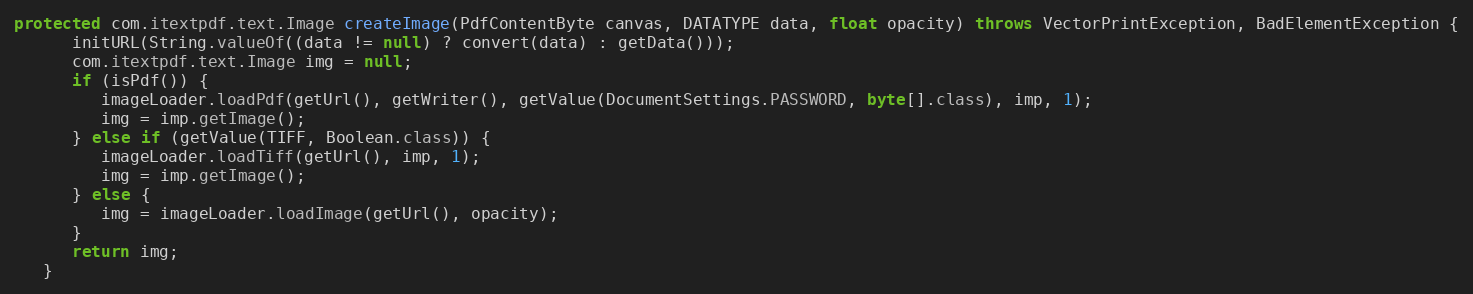
Language: Java
protected com.itextpdf.text.Image createImage(PdfContentByte canvas, DATATYPE data, float opacity) throws VectorPrintException, BadElementException {
      initURL(String.valueOf((data != null) ? convert(data) : getData()));
      com.itextpdf.text.Image img = null;
      if (isPdf()) {
         imageLoader.loadPdf(getUrl(), getWriter(), getValue(DocumentSettings.PASSWORD, byte[].class), imp, 1);
         img = imp.getImage();
      } else if (getValue(TIFF, Boolean.class)) {
         imageLoader.loadTiff(getUrl(), imp, 1);
         img = imp.getImage();
      } else {
         img = imageLoader.loadImage(getUrl(), opacity);
      }
      return img;
   }